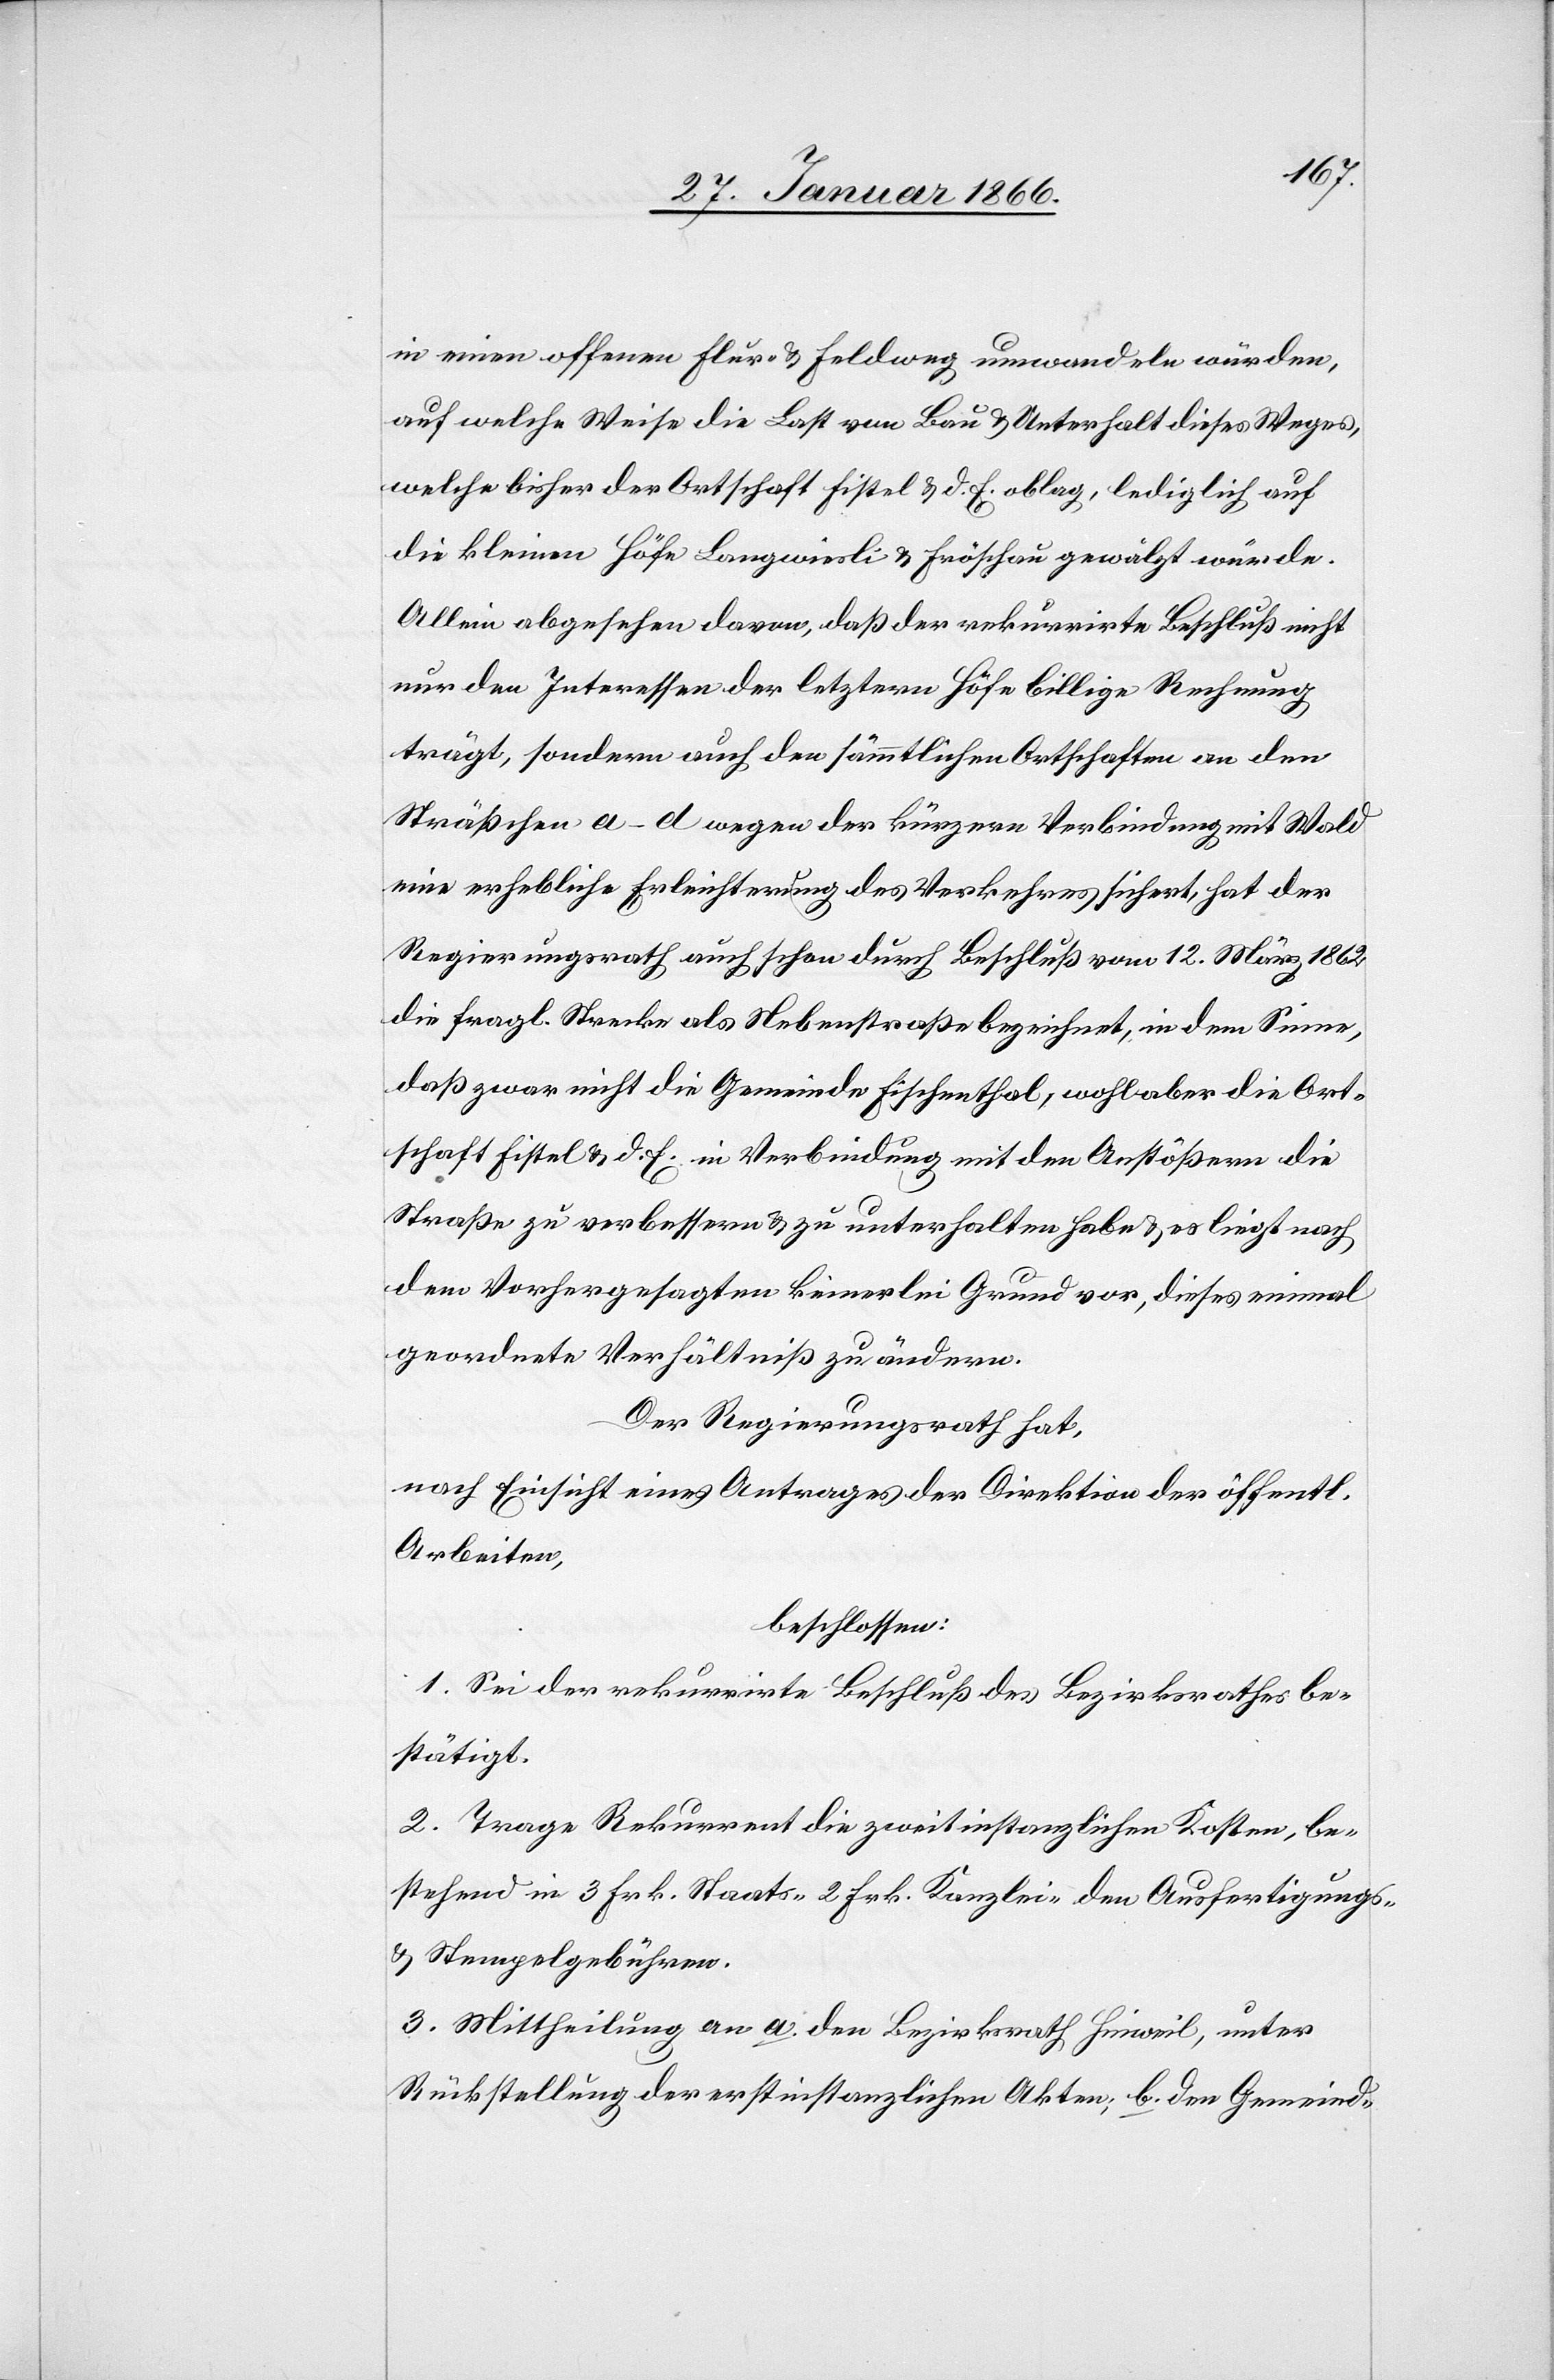
in einen offenen Flur- u. Feldweg umwandeln würden,
auf welche Weise die Last von Bau u. Unterhalt dieses Weges,
welche bisher der Ortschaft Fistel u. d. E. oblag, lediglich auf
die kleinen Höfe Langwiesli u. Fröschau gewälzt würde.
Allein abgesehen davon, daß der rekurrirte Beschluß nicht
nur den Interessen der letztern Höfe billige Rechnung
trägt, sondern auch den sämmtlichen Ortschaften an den
Sträßchen a–d wegen der kürzern Verbindung mit Wald
eine erhebliche Erleichterung des Verkehres liefert, hat der
Regierungsrath auch schon durch Beschluß vom 12. März 1862
die fragl. Strecke als Nebenstraße bezeichnet, in dem Sinne,
daß zwar nicht die Gemeinde Fischenthal, wohl aber die Ort¬
schaft Fistel u. d. E. in Verbindung mit den Anstößern die
Straße verbessern u. zu unterhalten habe u. es liegt nach
dem Vorhergesagten keinerlei Grund vor, dieses einmal
geordnete Verhältniß zu ändern.
Der Regierungsrath hat,
nach Einsicht eines Antrages der Direktion der öffentl.
Arbeiten,
beschlossen:
1. Sei der rekurrirte Beschluß des Bezirksrathes be¬
stätigt.
2. Trage Rekurrent die zweitinstanzlichen Kosten, be¬
stehend in 3 Frk. Staats- 2 Frk. Kanzlei- den Ausfertigungs-
u. Stempelgebühren.
3. Mittheilung an a. den Bezirksrath Hinweil, unter
Rückstellung der erstinstanzlichen Akten; b. den Gemeind-